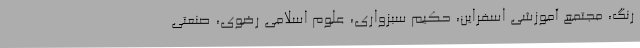
رنگ، مجتمع آموزشی اسفراین، حکیم سبزواری، علوم اسلامی رضوی، صنعتی